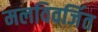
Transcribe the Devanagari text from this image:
मलविवर्जित